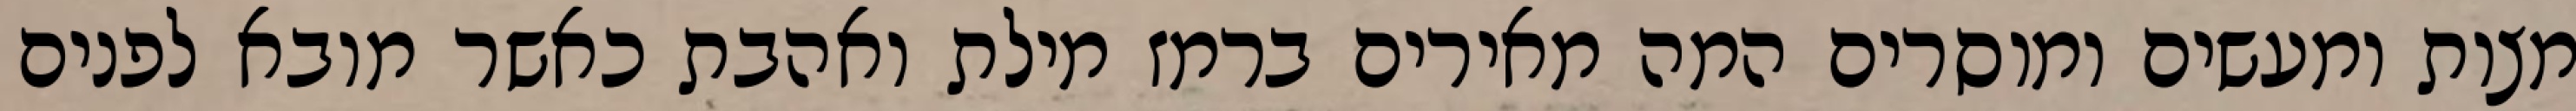
מצות ומעשים ומוסרים המה מאירים ברמז מילת ואהבת כאשר מובא לפנים